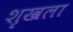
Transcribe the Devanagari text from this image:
शृखला